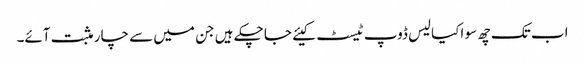
اب تک چھ سو اکیالیس ڈوپ ٹیسٹ کیئے جا چکے ہیں جن میں سے چار مثبت آئے۔